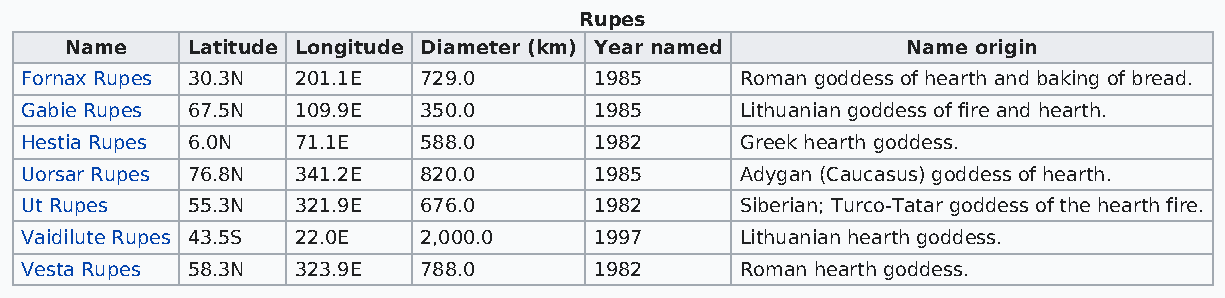
Rupes
 Name    Latitude Longitude Diameter (km) Year named     Name origin
 Fornax Rupes 30.3N 201.1E  729.0      1985      Roman goddess of hearth and baking of bread.
 Gabie Rupes 67.5N  109.9E  350.0      1985      Lithuanian goddess of fire and hearth.
 Hestia Rupes 6.0N  71.1E   588.0      1982      Greek hearth goddess.
 Uorsar Rupes 76.8N 341.2E  820.0      1985      Adygan (Caucasus) goddess of hearth.
 Ut Rupes   55.3N   321.9E  676.0      1982      Siberian; Turco-Tatar goddess of the hearth fire.
 Vaidilute Rupes 43.5S 22.0E 2,000.0   1997      Lithuanian hearth goddess.
 Vesta Rupes 58.3N  323.9E  788.0      1982      Roman hearth goddess.